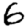
Digit: 6